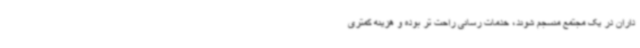
داران در یک مجتمع منسجم شوند، خدمات رسانی راحت تر بوده و هزینه کمتری